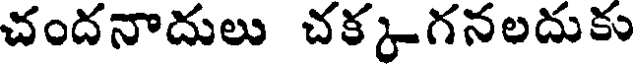
చందనాదులు చక్కగనలదుకు